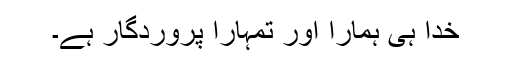
خدا ہی ہمارا اور تمہارا پروردگار ہے۔